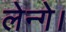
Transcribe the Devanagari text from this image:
लेन्गे।